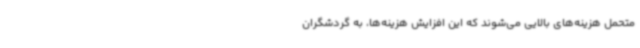
متحمل هزینه‌های بالایی می‌شوند که این افزایش هزینه‌ها، به گردشگران